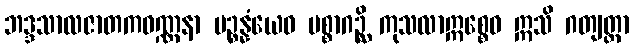
ဘဒ္ဒသာလဇာတကဝဏ္ဏနာ ပဉ္စန္နံယေဝ ပစ္စာဂဉ္ဆိ ကုသလာဣစ္စေဝ ဣသိ ဂတျတ္ထာ